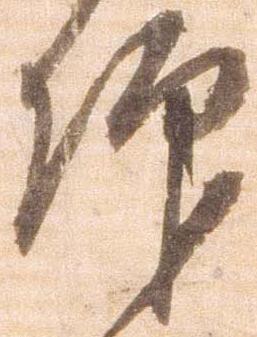
仰